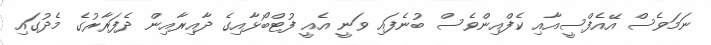
ނަމަވެސް އޭއެފްސީއާއި ކެފްއިންވެސް ބުނެފައި ވަނީ އެއީ ފުޓްބޯޅާއިގެ ދާއިރާއިން ދެފަރާރުގެ މެދުގައި